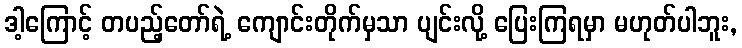
ဒါ့ကြောင့် တပည့်တော်ရဲ့ ကျောင်းတိုက်မှသာ ပျင်းလို့ ပြေးကြရမှာ မဟုတ်ပါဘူး,